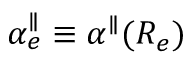
\alpha _ { e } ^ { \parallel } \equiv \alpha ^ { \parallel } ( R _ { e } )